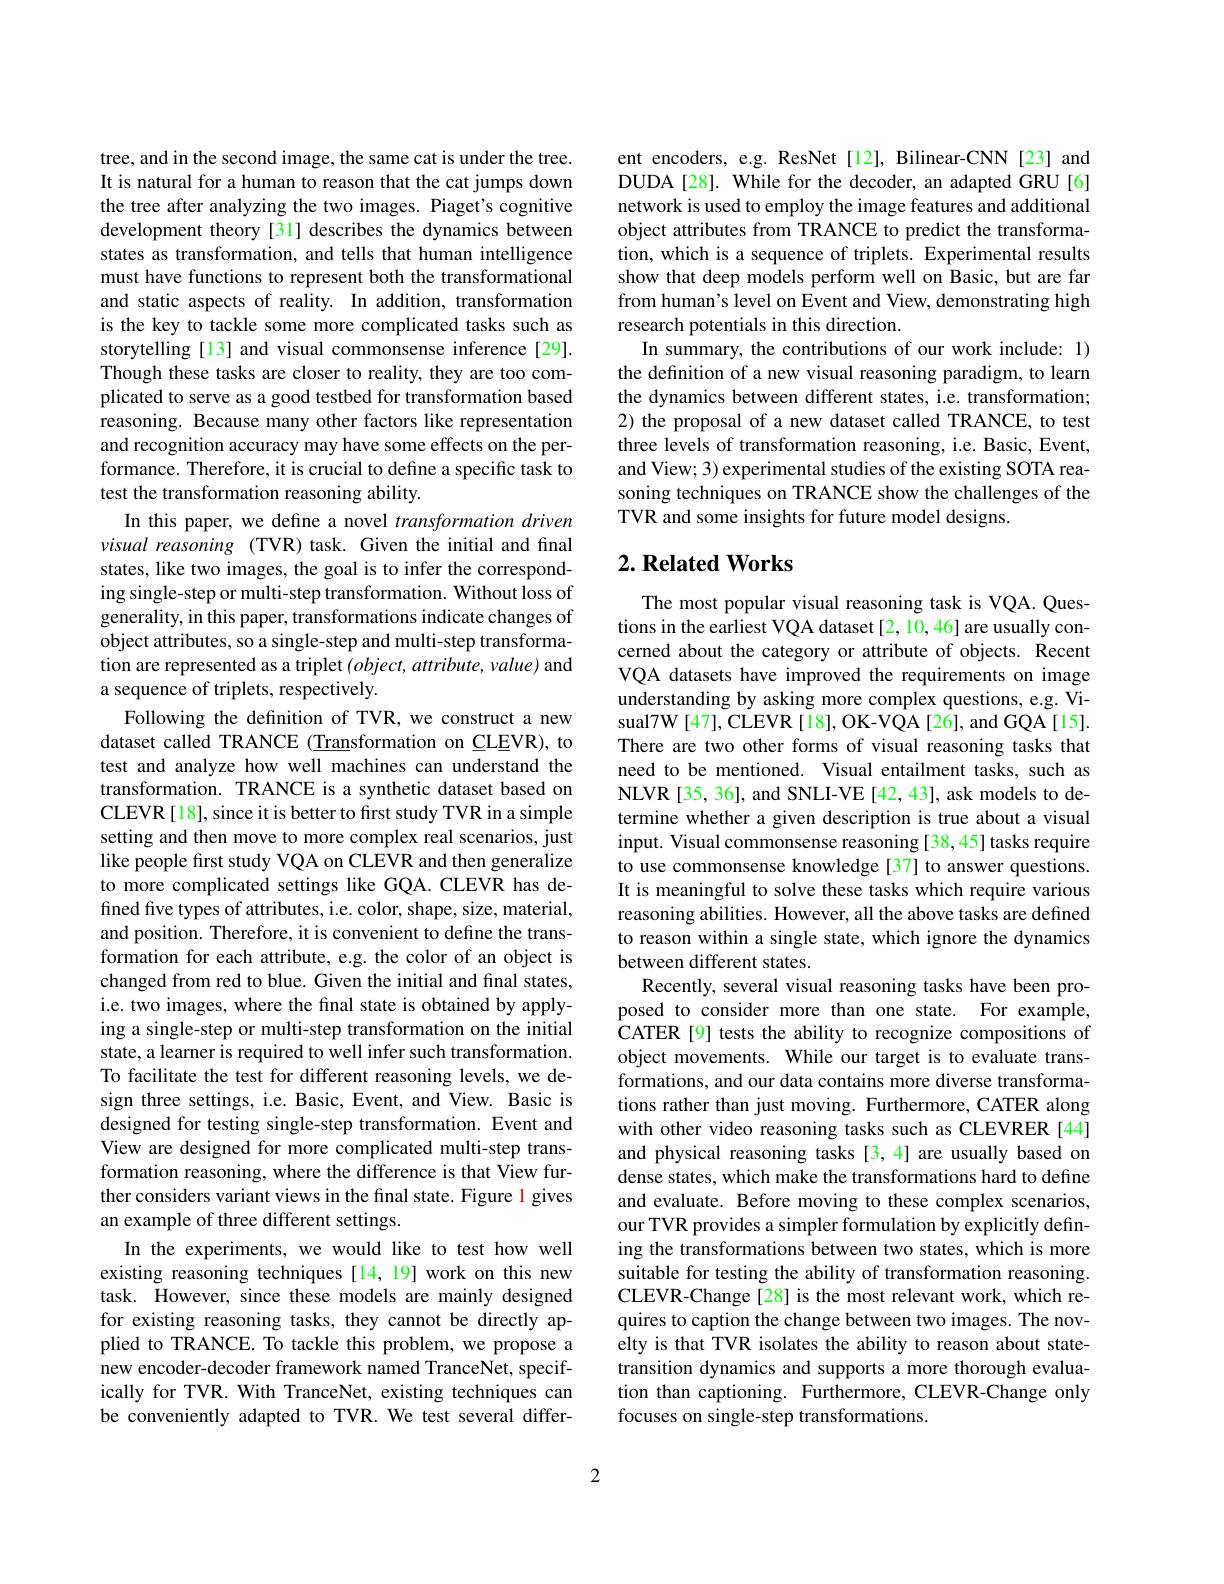
tree, and in the second image, the same cat is under the tree. It is natural for a human to reason that the cat jumps down the tree after analyzing the two images. Piaget's cognitive development theory [31] describes the dynamics between states as transformation, and tells that human intelligence must have functions to represent both the transformational and static aspects of reality. In addition, transformation is the key to tackle some more complicated tasks such as storytelling[13] and visual commonsense inference[29]. Though these tasks are closer to reality, they are too complicated to serve as a good testbed for transformation based reasoning. Because many other factors like representation and recognition accuracy may have some effects on the performance. Therefore, it is crucial to define a specific task to test the transformation reasoning ability.
In this paper, we define a novel transformation driven visual reasoning (TVR) task. Given the initial and final states, like two images, the goal is to infer the corresponding single-step or multi-step transformation. Without loss of generality, in this paper, transformations indicate changes of object attributes, so a single-step and multi-step transformation are represented as a triplet $(object,attribute,value)$ and a sequence of triplets, respectively.
Following the definition of TVR, we construct a new dataset called TRANCE (Transformation on CLEVR), to test and analyze how well machines can understand the transformation. TRANCE is a synthetic dataset based on CLEVR[18], since it is better to first study TVR in a simple setting and then move to more complex real scenarios, just like people first study VQA on CLEVR and then generalize to more complicated settings like GQA.CLEVR has defined five types of attributes, i.e. color, shape, size, material, and position. Therefore, it is convenient to define the transformation for each attribute, e.g. the color of an object is changed from red to blue. Given the initial and final states, i.e. two images, where the final state is obtained by applying a single-step or multi-step transformation on the initial state, a learner is required to well infer such transformation. To facilitate the test for different reasoning levels, we design three settings, i.e. Basic, Event, and View. Basic is designed for testing single-step transformation. Event and View are designed for more complicated multi-step transformation reasoning, where the difference is that View further considers variant views in the final state. Figure 1 gives an example of three different settings.
In the experiments, we would like to test how well existing reasoning techniques [14, 19] work on this new task. However, since these models are mainly designed for existing reasoning tasks, they cannot be directly applied to TRANCE. To tackle this problem, we propose a new encoder-decoder framework named TranceNet, specifically for TVR. With TranceNet, existing techniques can be conveniently adapted to TVR. We test several differ-

ent encoders, e.g. ResNet [12], Bilinear-CNN [23] and DUDA[28]. While for the decoder, an adapted GRU[6] network is used to employ the image features and additional object attributes from TRANCE to predict the transformation, which is a sequence of triplets. Experimental results show that deep models perform well on Basic, but are far from human's level on Event and View, demonstrating high research potentials in this direction.
In summary, the contributions of our work include: 1) the definition of a new visual reasoning paradigm, to learn the dynamics between different states, i.e. transformation; 2) the proposal of a new dataset called TRANCE, to test three levels of transformation reasoning, i.e. Basic, Event, and View; 3) experimental studies of the existing SOTA reasoning techniques on TRANCE show the challenges of the TVR and some insights for future model designs.

## $2. \textbf{Related Works}$

The most popular visual reasoning task is VQA. Questions in the earliest VQA dataset [2, 10,46] are usually concerned about the category or attribute of objects. Recent VQA datasets have improved the requirements on image understanding by asking more complex questions, e.g. Visual7W[47],CLEVR[18],OK-VQA[26],andGQA[15]. There are two other forms of visual reasoning tasks that need to be mentioned. Visual entailment tasks, such as NLVR[35, 36], and SNLI-VE[42, 43], ask models to determine whether a given description is true about a visual input. Visual commonsense reasoning [38, 45] tasks require to use commonsense knowledge[37] to answer questions. It is meaningful to solve these tasks which require various reasoning abilities. However, all the above tasks are defined to reason within a single state, which ignore the dynamics between different states.
Recently, several visual reasoning tasks have been proposed to consider more than one state. For example, CATER[9] tests the ability to recognize compositions of object movements. While our target is to evaluate transformations, and our data contains more diverse transformations rather than just moving. Furthermore, CATER along with other video reasoning tasks such as CLEVRER [44] and physical reasoning tasks[3,4] are usually based on dense states, which make the transformations hard to define and evaluate. Before moving to these complex scenarios, our TVR provides a simpler formulation by explicitly defining the transformations between two states, which is more suitable for testing the ability of transformation reasoning. CLEVR-Change[28] is the most relevant work, which requires to caption the change between two images. The novelty is that TVR isolates the ability to reason about statetransition dynamics and supports a more thorough evaluation than captioning. Furthermore, CLEVR-Change only focuses on single-step transformations.

2